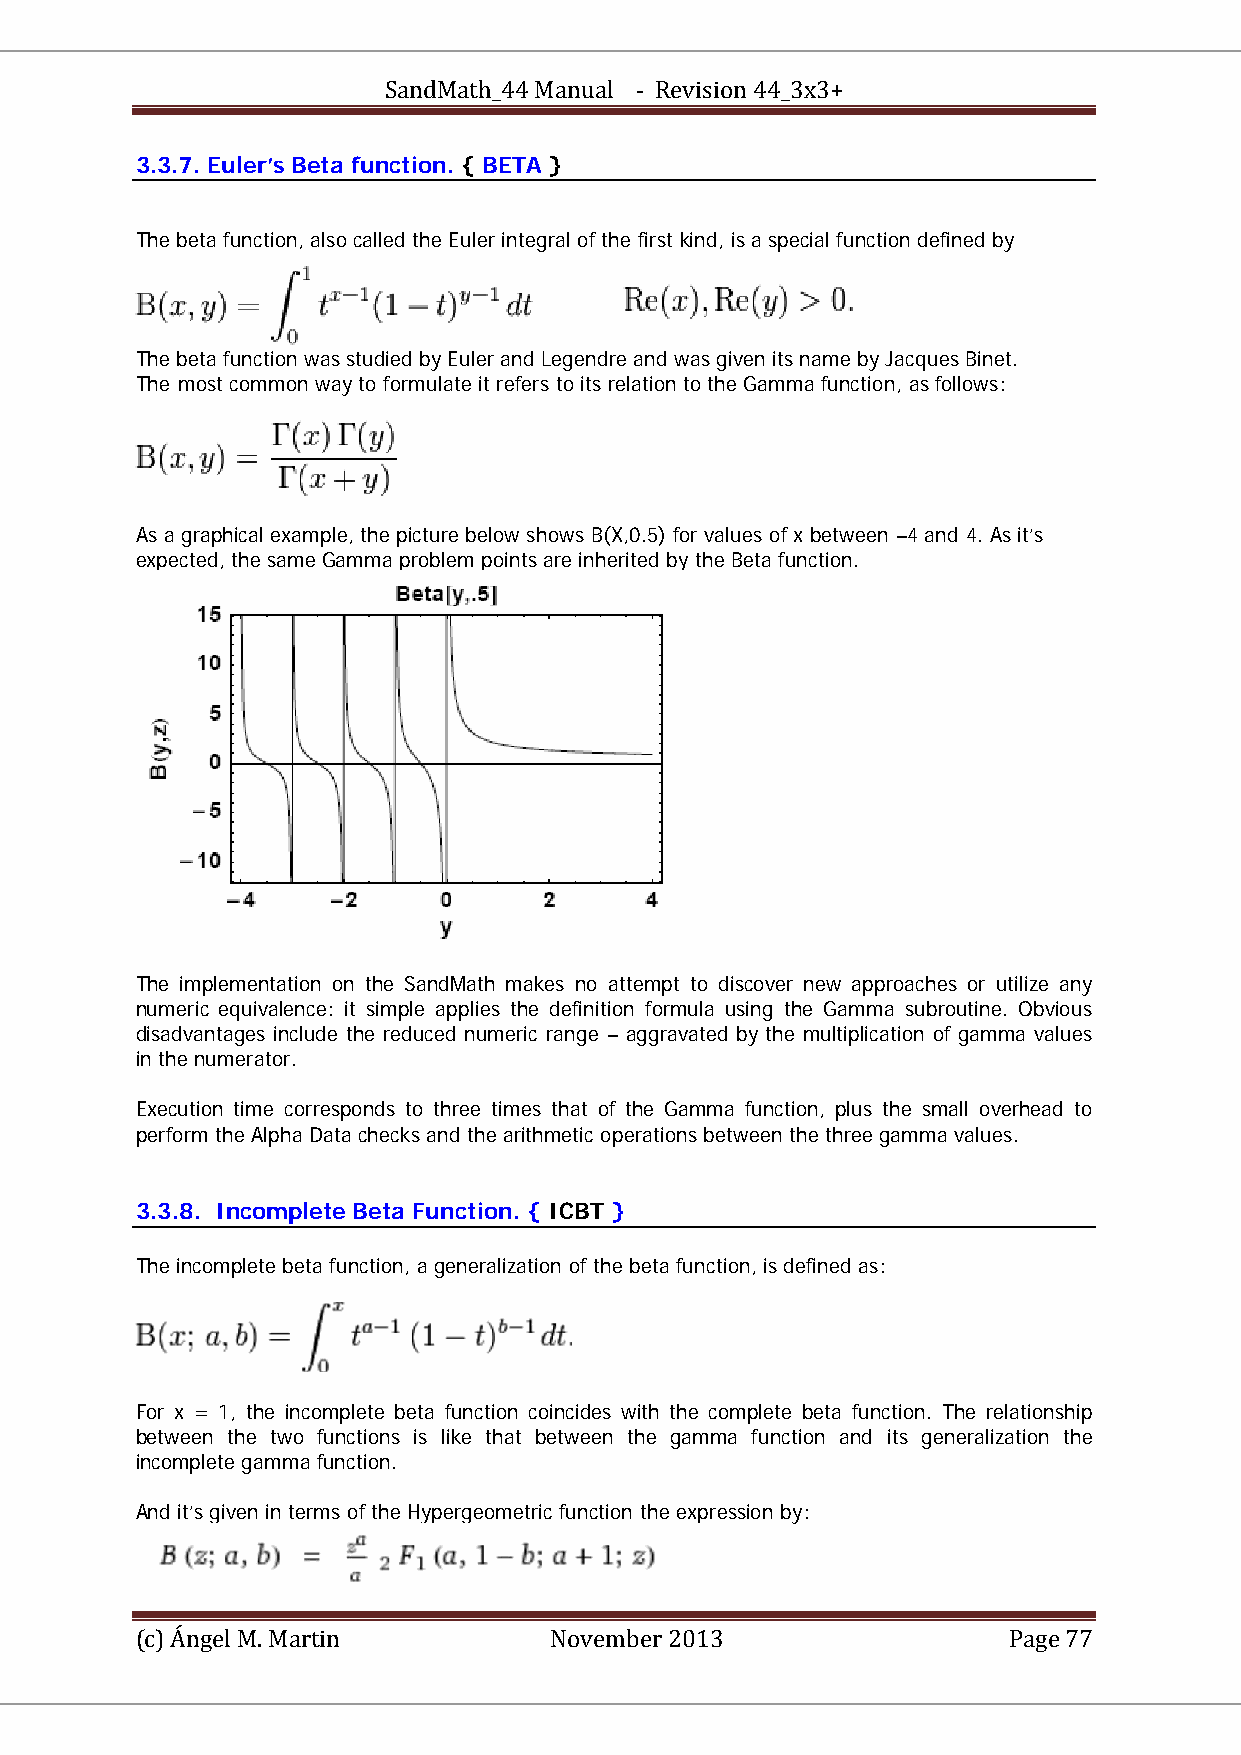
SandMath_44 Manual - Revision 44_3x3+
 3.3.7. Euler’s Beta function. { BETA }
 The beta function, also called the Euler integral of the first kind, is a special function defined by
 The beta function was studied by Euler and Legendre and was given its name by Jacques Binet.
 The most common way to formulate it refers to its relation to the Gamma function, as follows:
 As a graphical example, the picture below shows B(X,0.5) for values of x between –4 and 4. As it’s
 expected, the same Gamma problem points are inherited by the Beta function.
 The implementation on the SandMath makes no attempt to discover new approaches or utilize any
 numeric equivalence: it simple applies the definition formula using the Gamma subroutine. Obvious
 disadvantages include the reduced numeric range – aggravated by the multiplication of gamma values
 in the numerator.
 Execution time corresponds to three times that of the Gamma function, plus the small overhead to
 perform the Alpha Data checks and the arithmetic operations between the three gamma values.
 3.3.8. Incomplete Beta Function. { ICBT }
 The incomplete beta function, a generalization of the beta function, is defined as:
 For x = 1, the incomplete beta function coincides with the complete beta function. The relationship
 between the two functions is like that between the gamma function and its generalization the
 incomplete gamma function.
 And it’s given in terms of the Hypergeometric function the expression by:
 (c) Ángel M. Martin        November 2013                  Page 77